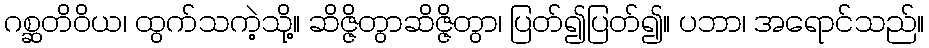
ဂစ္ဆတိဝိယ၊ ထွက်သကဲ့သို့။ ဆိဇ္ဇိတွာဆိဇ္ဇိတွာ၊ ပြတ်၍ပြတ်၍။ ပဘာ၊ အရောင်သည်။